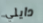
دايلي